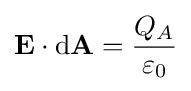
\mathbf {E} \cdot {\rm {d}}\mathbf {A} ={\frac {Q_{A}}{\varepsilon _{0}}}